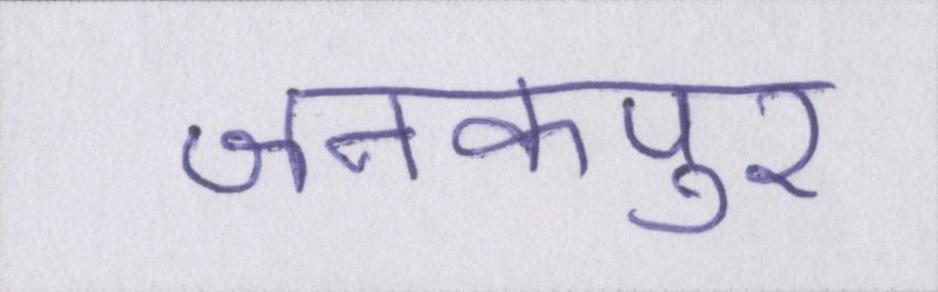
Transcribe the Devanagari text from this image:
जनकपुर